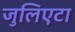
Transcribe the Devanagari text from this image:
जुलिएटा